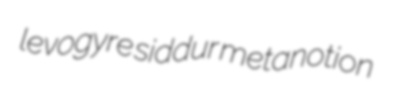
levogyre siddur metanotion